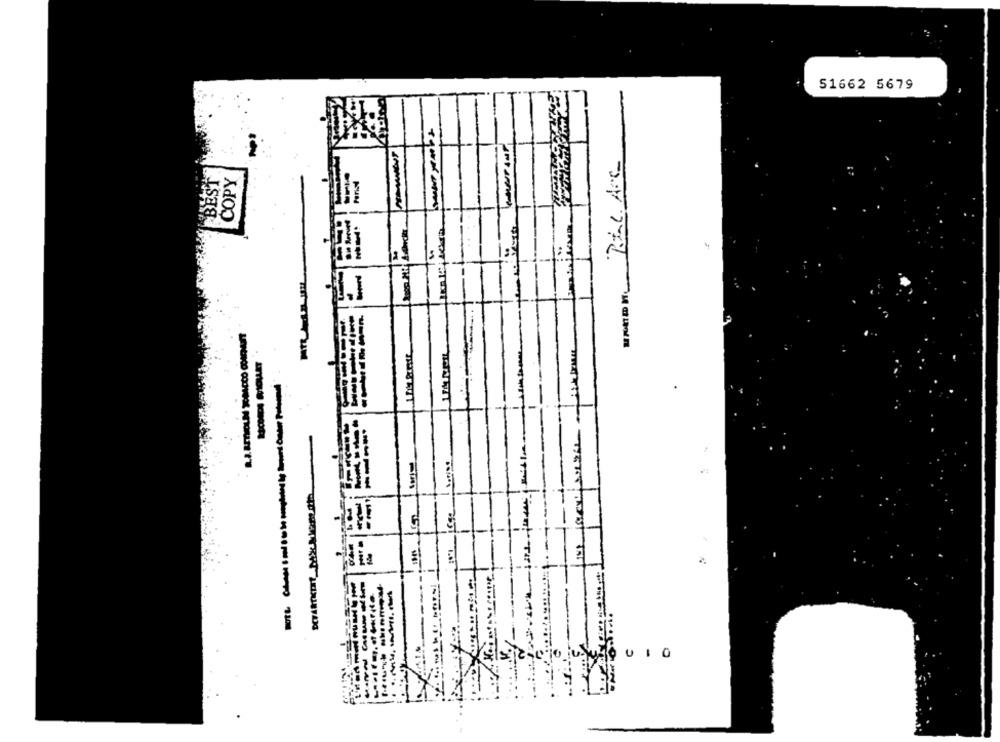
51662 5679
BEST
COPY
-
-
-